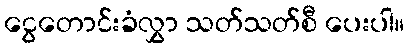
ငွေတောင်းခံလွှာ သတ်သတ်စီ ပေးပါ။